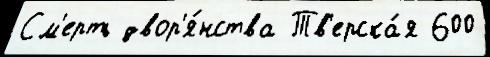
См'ерть двор'я́нства Тв'ерска́я 600